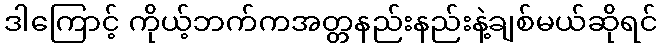
ဒါကြောင့် ကိုယ့်ဘက်ကအတ္တနည်းနည်းနဲ့ချစ်မယ်ဆိုရင်